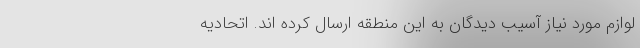
لوازم مورد نیاز آسیب دیدگان به این منطقه ارسال کرده اند. اتحادیه